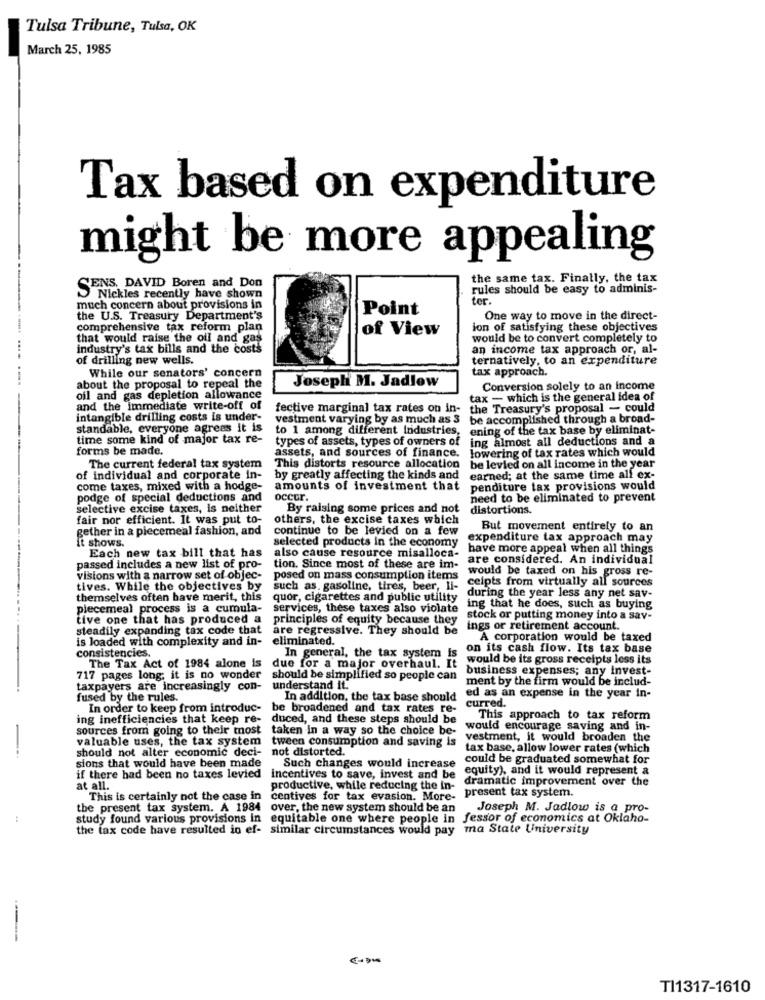
Tulsa Tribune, Tulsa, OK
March 25, 1985
Tax based on expenditure
might be more appealing
the same tax. Finally, the tax
CENS. DAVID Boren and Don
rules should be easy to adminis-
Nickles recently have shown
ter.
much concern about provisions in
Point
the U.S. Treasury Department's
One way to move in the direct-
comprehensive tax reform plan
of View
ion of satisfying these objectives
that would raise the oil and gas
would be to convert completely to
industry's tax bills and the costs
an income tax approach or, al-
of drilling new wells.
ternatively, to an expenditure
While our senators' concern
tax approach.
about the proposal to repeal the
Josephi M. Jadlow
Conversion solely to an income
oil and gas depletion allowance
tax - which is the general idea of
and the immediate write-off of
fective marginal tax rates on in-
the Treasury's proposal - could
intangible drilling costs is under-
vestment varying by as much as 3
be accomplished through a broad-
standable, everyone agrees it is
to 1 among different industries, ening of the tax base by eliminat-
time some kind of major tax re-
types of assets, types of owners of
ing almost all deductions and a
forms be made.
assets, and sources of finance.
lowering of tax rates which would
The current federal tax system
This distorts resource allocation
be levied on all income in the year
of individual and corporate in-
by greatly affecting the kinds and
earned; at the same time alf ex-
come taxes, mixed with a hodge-
amounts of investment that
penditure tax provisions would
podge of special deductions and
occur.
need to be eliminated to prevent
selective excise taxes, is neither
By raising some prices and not
distortions.
fair nor efficient. It was put to-
others, the excise taxes which
gether in a piecemeal fashion, and
continue to be levied on a few
But movement entirely to an
selected products in the economy
expenditure tax approach may
It shows.
Each new tax bill that has
also cause resource misalloca-
have more appeal when all things
are considered. An individual
passed includes a new list of pro-
tion. Since most of these are im-
would be taxed on his gross re-
visions with a narrow set of objec-
posed on mass consumption items
ceipts from virtually all sources
tives. While the objectives by
such as. gasoline, tires, beer, li-
during the year less any net sav-
themselves often have merit, this
quor, cigarettes and public utility
piecemeal process is a cumula-
services, these taxes also violate
ing that he does, such as buying
tive one that has produced a
principles of equity because they
stock or putting money into a sav-
steadily expanding tax code that
are regressive. They should be
ings or retirement account.
is loaded with complexity and in-
eliminated.
A corporation would be taxed
In general, the tax system is
on its cash flow. Its tax base
consistencies.
would be its gross receipts less its
The Tax Act of 1984 alone is
due for a major overhaul. It
business expenses; any invest-
717 pages long; it is no wonder
should be simplified so people can
ment by the firm would be includ-
taxpayers are increasingly con-
understand it.
fused by the rules.
In addition, the tax base should
ed as an expense in the year in-
curred.
In order to keep from introduc-
be broadened and tax rates re-
ing inefficiencies that keep re-
duced, and these steps should be
This approach to tax reform
sources from going to their most
taken in a way so the choice be-
would encourage saving and in-
valuable uses, the tax system
tween consumption and saving is
vestment, it would broaden the
should not alter economic deci-
not distorted.
tax base, allow lower rates (which
could be graduated somewhat for
sions that would have been made
Such changes would increase
equity), and it would represent a
if there had been no taxes levied
incentives to save, invest and be
dramatic improvement over the
at all.
centives for tax evasion. More. present tax system.
productive, while reducing the in-
This is certainly not the case in
the present tax system. A 1984
over, the new system should be an
Joseph M. Jadlow is a pro-
study found various provisions in equitable one where people in fessor of economics at Oklaho-
the tax code have resulted in ef- similar circumstances would pay ma State University
TI1317-1610